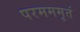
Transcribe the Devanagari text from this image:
परमममृतं